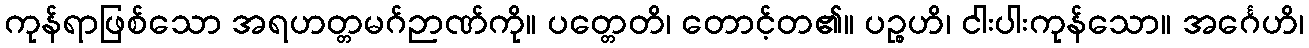
ကုန်ရာဖြစ်သော အရဟတ္တမဂ်ဉာဏ်ကို။ ပတ္တေတိ၊ တောင့်တ၏။ ပဉ္စဟိ၊ ငါးပါးကုန်သော။ အင်္ဂေဟိ၊